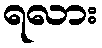
ရလား